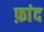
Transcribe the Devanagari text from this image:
फ़ांद